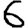
Digit: 6